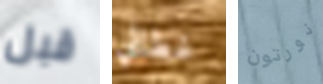
قبل غطائي نورتون